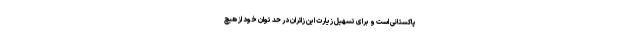
پاکستانی است و برای تسهیل زیارت این زائران در حد توان خود از هیچ